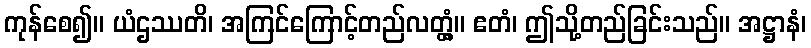
ကုန်စေ၍။ ယံဌဿတိ၊ အကြင်ကြောင့်တည်လတ္တံ့။ ဧတံ၊ ဤသို့တည်ခြင်းသည်။ အဋ္ဌာနံ၊